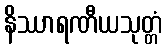
နိဿာရဏီယသုတ္တံ